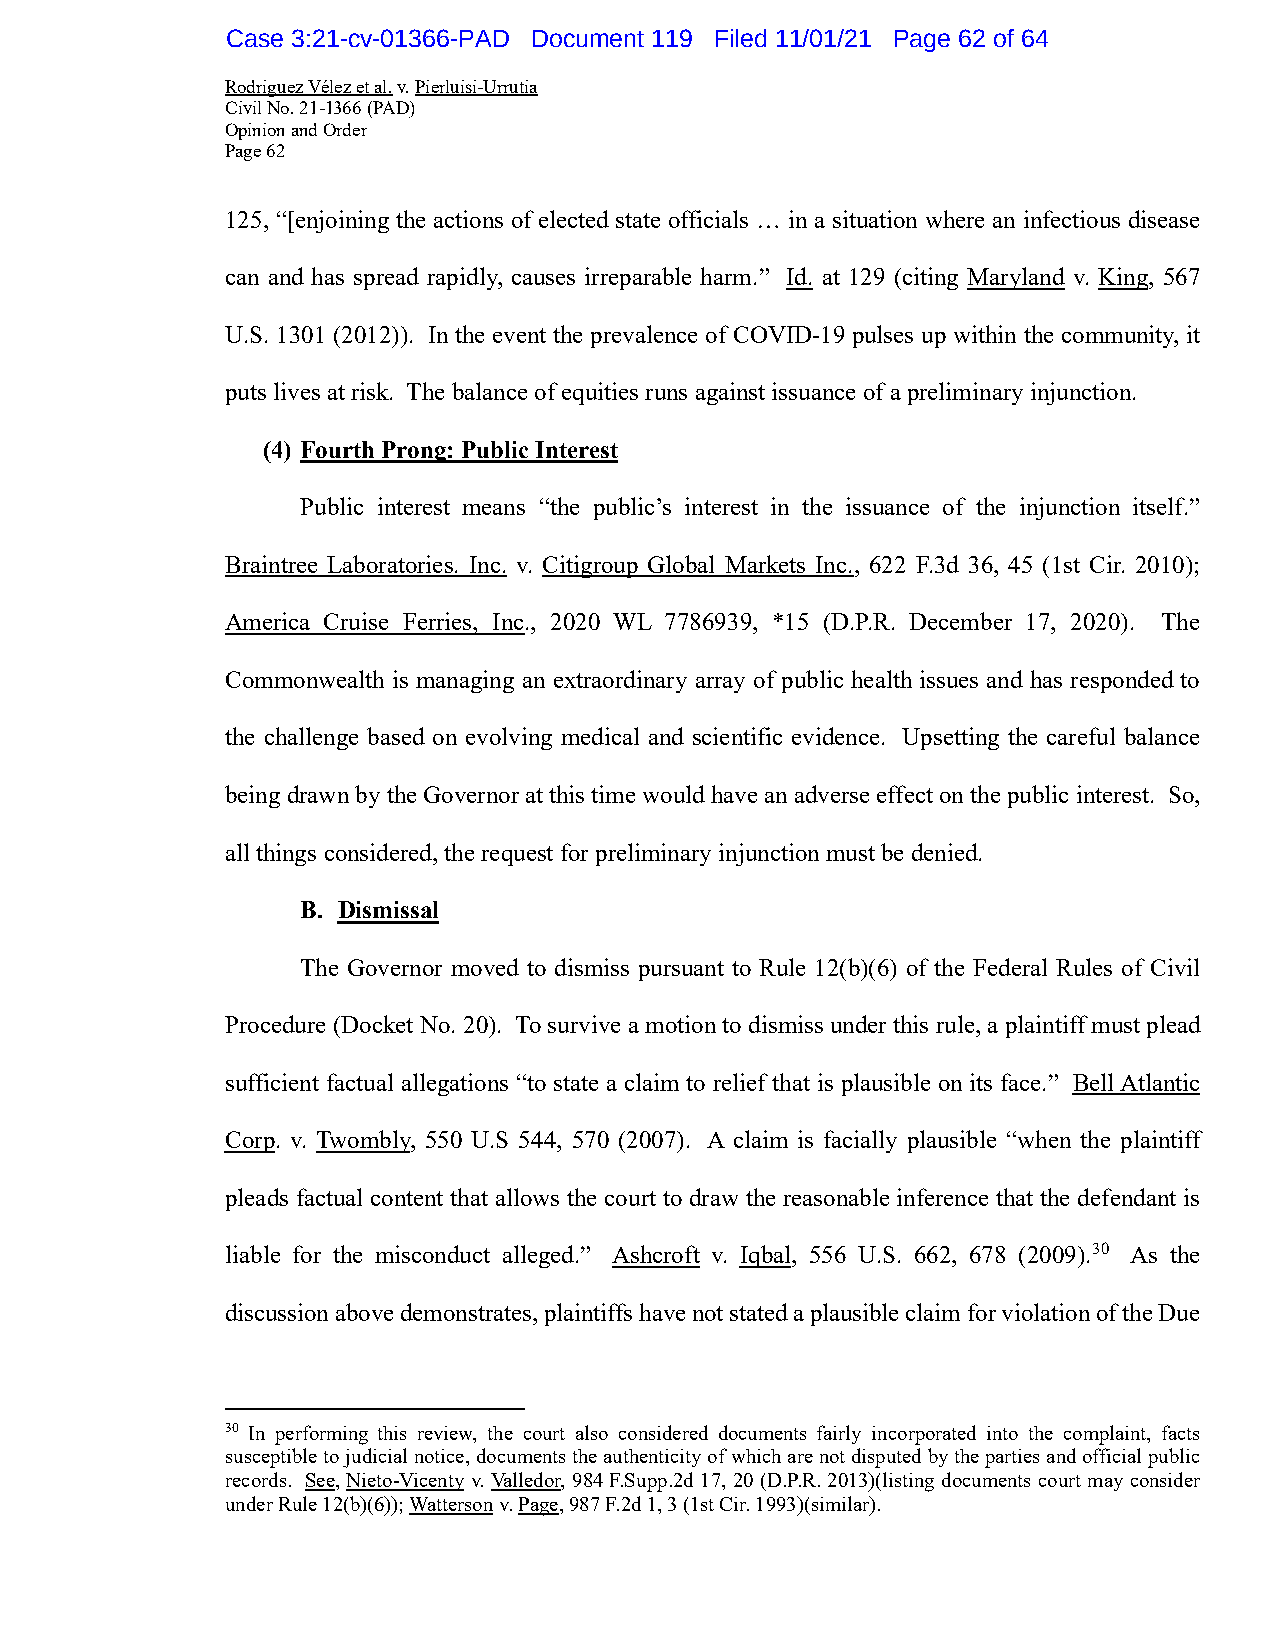
Case 3:21-cv-01366-PAD Document 119 Filed 11/01/21 Page 62 of 64
 Rodriguez Vélez et al. v. Pierluisi-Urrutia
 Civil No. 21-1366 (PAD)
 Opinion and Order
 Page 62
 125, “[enjoining the actions of elected state officials … in a situation where an infectious disease
 can and has spread rapidly, causes irreparable harm.” Id. at 129 (citing Maryland v. King, 567
 U.S. 1301 (2012)). In the event the prevalence of COVID-19 pulses up within the community, it
 puts lives at risk. The balance of equities runs against issuance of a preliminary injunction.
 (4) Fourth Prong: Public Interest
 Public interest means “the public’s interest in the issuance of the injunction itself.”
 Braintree Laboratories. Inc. v. Citigroup Global Markets Inc., 622 F.3d 36, 45 (1st Cir. 2010);
 America Cruise Ferries, Inc., 2020 WL 7786939, *15 (D.P.R. December 17, 2020). The
 Commonwealth is managing an extraordinary array of public health issues and has responded to
 the challenge based on evolving medical and scientific evidence. Upsetting the careful balance
 being drawn by the Governor at this time would have an adverse effect on the public interest. So,
 all things considered, the request for preliminary injunction must be denied.
 B. Dismissal
 The Governor moved to dismiss pursuant to Rule 12(b)(6) of the Federal Rules of Civil
 Procedure (Docket No. 20). To survive a motion to dismiss under this rule, a plaintiff must plead
 sufficient factual allegations “to state a claim to relief that is plausible on its face.” Bell Atlantic
 Corp. v. Twombly, 550 U.S 544, 570 (2007). A claim is facially plausible “when the plaintiff
 pleads factual content that allows the court to draw the reasonable inference that the defendant is
 liable for the misconduct alleged.” Ashcroft v. Iqbal, 556 U.S. 662, 678 (2009).30 As the
 discussion above demonstrates, plaintiffs have not stated a plausible claim for violation of the Due
 30 In performing this review, the court also considered documents fairly incorporated into the complaint, facts
 susceptible to judicial notice, documents the authenticity of which are not disputed by the parties and official public
 records. See, Nieto-Vicenty v. Valledor, 984 F.Supp.2d 17, 20 (D.P.R. 2013)(listing documents court may consider
 under Rule 12(b)(6)); Watterson v. Page, 987 F.2d 1, 3 (1st Cir. 1993)(similar).